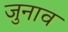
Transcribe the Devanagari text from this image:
जुनाव